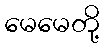
မေမေတို့